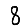
Digit: 8